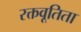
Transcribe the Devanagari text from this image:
रक्तवूतिता